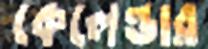
কেলেন্ডার